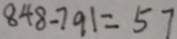
8 4 8 - 7 9 1 = 5 7